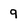
Character: 9